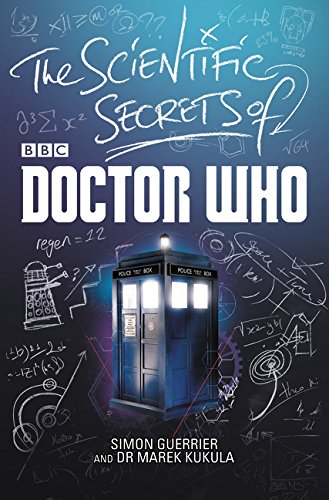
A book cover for The Scientific Secrets of Doctor Who; Simon Guerrier; Humor & Entertainment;